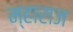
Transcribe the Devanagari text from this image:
म्हाराज